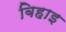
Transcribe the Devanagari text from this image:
बिहाइ